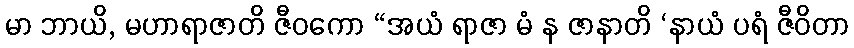
မာ ဘာယိ, မဟာရာဇာတိ ဇီဝကော “အယံ ရာဇာ မံ န ဇာနာတိ ‘နာယံ ပရံ ဇီဝိတာ